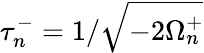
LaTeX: \tau_{n}^{-}=1/\sqrt{-{2\Omega_{n}^{+}}}